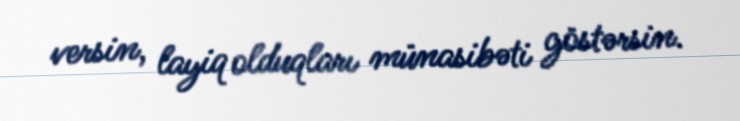
versin, layiq olduqları münasibəti göstərsin.